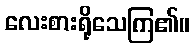
လေးစားရိုသေကြ၏။